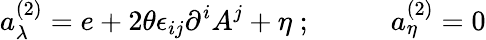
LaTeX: a_{\lambda}^{(2)}=e+2\theta\epsilon_{ij}\partial^{i}A^{j}+\eta\; ;\; \; \; \; \; \; \; \; \; \; a_{\eta}^{(2)}=0